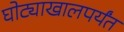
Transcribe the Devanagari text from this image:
घोट्याखालपर्यंत